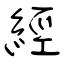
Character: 經